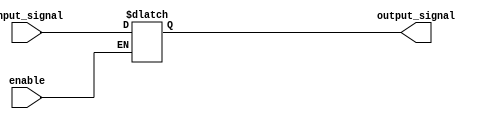
module buffer_with_enable (
    input input_signal,
    input enable,
    output reg output_signal
);

always @* begin
    if (enable == 1'b1) begin
        output_signal = input_signal;
    end else begin
        output_signal = output_signal;
    end
end

endmodule